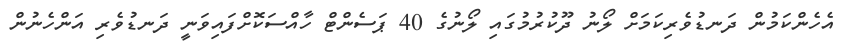
އެހެންކަމުން ދަނޑުވެރިކަމަށް ލޯނު ދޫކުރުމުގައި ލޯނުގެ 40 ޕަސެންޓް ހާއްސަކޮށްފައިވަނީ ދަނޑުވެރި އަންހެނުން